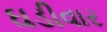
ઘડીવાર